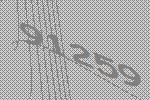
91259